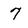
Character: 7